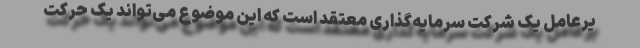
یرعامل یک شرکت سرمایه‌گذاری معتقد است که این موضوع می‌تواند یک حرکت